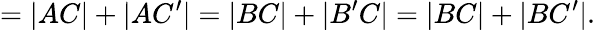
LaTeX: =|AC|+|AC^{\prime}|=|BC|+|B^{\prime}C|=|BC|+|BC^{\prime}|.